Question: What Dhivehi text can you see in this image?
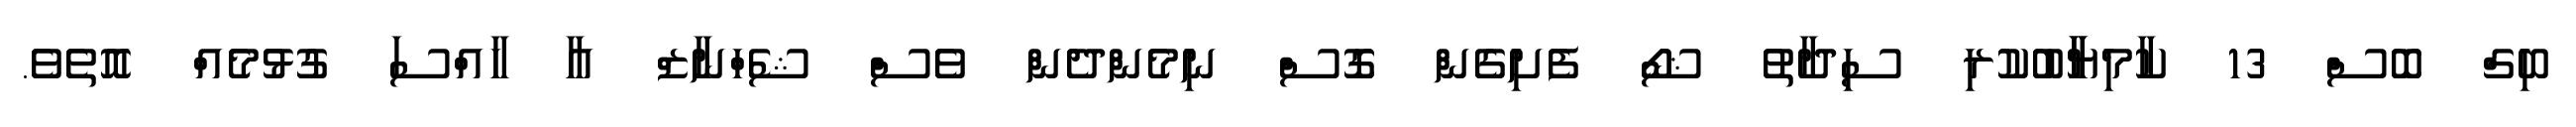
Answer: ބިގް ބޮސް 13 ކާމިޔާާބުކުރި ސިދާތު ޝޯޯ ފެށިގެން ގޮސް ނިމެންދެން ވެސް ޝެހްނާޒް އާ ހާއްސަ ގުޅުމެއް އޮތެވެ.